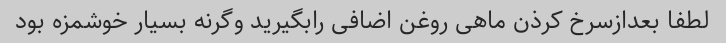
لطفا بعدازسرخ کرذن ماهی روغن اضافی رابگیرید وگرنه بسیار خوشمزه بود